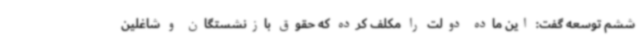
ششم توسعه گفت: این ماده دولت را مکلف کرده که حقوق بازنشستگان و شاغلین